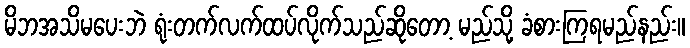
မိဘအသိမပေးဘဲ ရုံးတက်လက်ထပ်လိုက်သည်ဆိုတော့ မည်သို့ ခံစားကြရမည်နည်း။